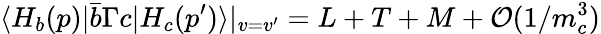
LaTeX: \langle H_{b}(p)|\bar{b}\Gamma c|H_{c}(p^{\prime})\rangle|_{v=v^{\prime}}=L+T+M+{\cal O}(1/m_{c}^{3})